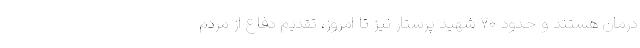
درمان هستند و حدود ۷۰ شهید پرستار نیز تا امروز، تقدیم دفاع از مردم